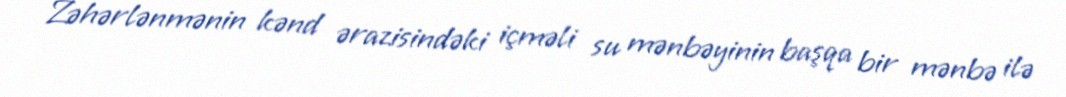
Zəhərlənmənin kənd ərazisindəki içməli su mənbəyinin başqa bir mənbə ilə